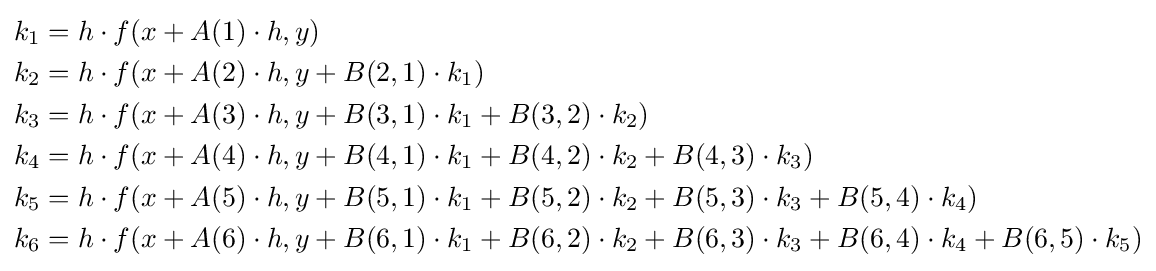
{\begin{aligned}k_{1}&=h\cdot f(x+A(1)\cdot h,y)\\k_{2}&=h\cdot f(x+A(2)\cdot h,y+B(2,1)\cdot k_{1})\\k_{3}&=h\cdot f(x+A(3)\cdot h,y+B(3,1)\cdot k_{1}+B(3,2)\cdot k_{2})\\k_{4}&=h\cdot f(x+A(4)\cdot h,y+B(4,1)\cdot k_{1}+B(4,2)\cdot k_{2}+B(4,3)\cdot k_{3})\\k_{5}&=h\cdot f(x+A(5)\cdot h,y+B(5,1)\cdot k_{1}+B(5,2)\cdot k_{2}+B(5,3)\cdot k_{3}+B(5,4)\cdot k_{4})\\k_{6}&=h\cdot f(x+A(6)\cdot h,y+B(6,1)\cdot k_{1}+B(6,2)\cdot k_{2}+B(6,3)\cdot k_{3}+B(6,4)\cdot k_{4}+B(6,5)\cdot k_{5})\end{aligned}}